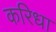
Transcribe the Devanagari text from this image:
करिधा